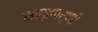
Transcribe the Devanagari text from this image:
साप्तपर्णी